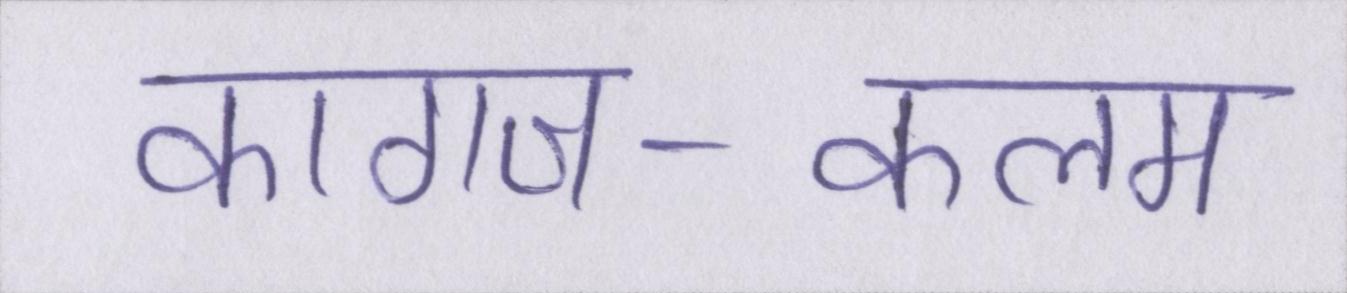
कागज-कलम